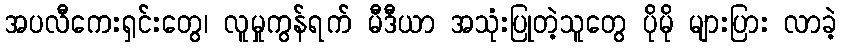
အပလီကေးရှင်းတွေ၊ လူမှုကွန်ရက် မီဒီယာ အသုံးပြုတဲ့သူတွေ ပိုမို များပြား လာခဲ့